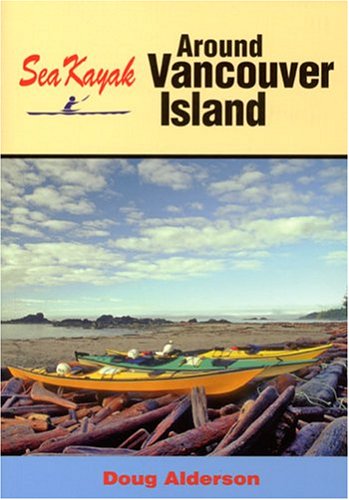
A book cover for Sea Kayak Around Vancouver Island; Doug Alderson; Sports & Outdoors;